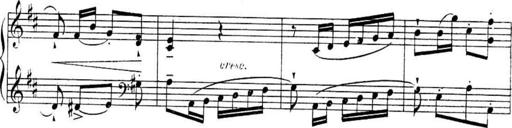
Title: Sonatines
Composer: Hedwige ChrÃ©tien